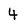
Character: 4